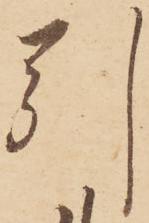
引